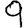
Digit: 9